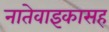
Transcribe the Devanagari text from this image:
नातेवाइकासह